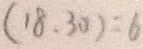
( 1 8 , 3 0 ) = 6